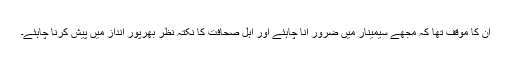
ان کا موقف تھا کہ مجھے سیمینار میں ضرور آنا چاہئے اور اہل صحافت کا نکتہ نظر بھرپور انداز میں پیش کرنا چاہئے۔